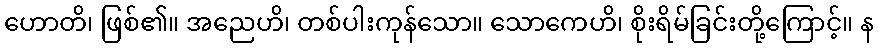
ဟောတိ၊ ဖြစ်၏။ အညေဟိ၊ တစ်ပါးကုန်သော။ သောကေဟိ၊ စိုးရိမ်ခြင်းတို့ကြောင့်။ န